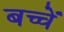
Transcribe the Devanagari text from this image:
बच्चेँ